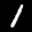
Label: 1